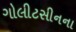
ગોલીટસીનના